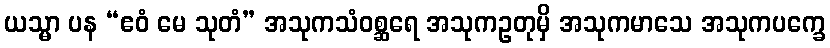
ယသ္မာ ပန “ဧဝံ မေ သုတံ” အသုကသံဝစ္ဆရေ အသုကဥတုမှိ အသုကမာသေ အသုကပက္ခေ